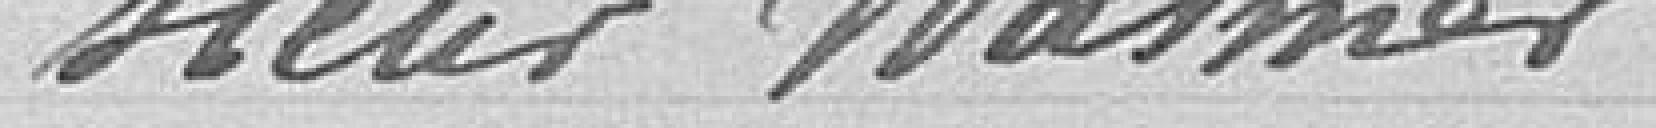
sieur Wasmer